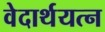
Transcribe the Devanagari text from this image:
वेदार्थयत्न